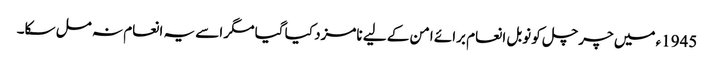
1945ء میں چرچل کو نوبل انعام برائے امن کے لیے نامزد کیا گیا مگر اسے یہ انعام نہ مل سکا۔